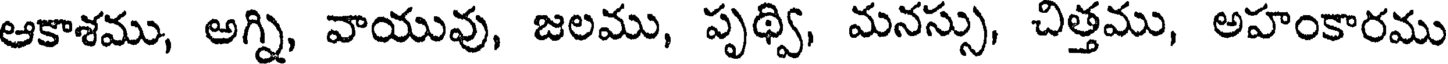
ఆకాశము, అగ్ని, వాయువు, జలము, పృథ్వి, మనస్సు, చిత్తము, అహంకారము